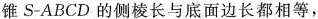
锥S-ABCD的侧棱长与底面边长都相等，